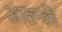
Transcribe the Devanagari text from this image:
आतन्की